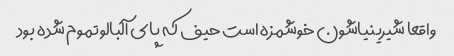
واقعا شیرینیاشون خوشمزه است حیف که پای آلبالو تموم شده بود